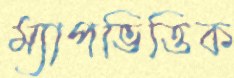
ম্যাপভিত্তিক